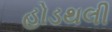
હોડથલી